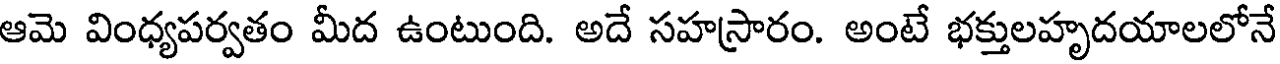
ఆమె వింధ్యపర్వతం మీద ఉంటుంది. అదే సహస్రారం. అంటే భక్తులహృదయాలలోనే